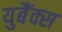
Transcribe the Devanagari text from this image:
युबैंक्स